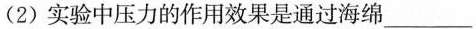
(2)实验中压力的作用效果是通过海绵\underline